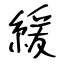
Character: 緩